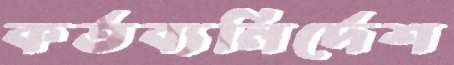
কর্তব্যনির্দেশ